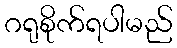
ဂရုစိုက်ရပါမည်